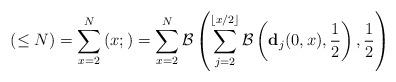
LaTeX: \begin{align*}\left(\le N\right)= \sum_{x=2}^{N}\left(x; \right)=\sum_{x=2}^{N}\mathcal{B}\left(\sum_{j=2}^{\left \lfloor x/2 \right \rfloor} \mathcal{B}\left(\mathbf{d}_j(0,x), \frac{1}{2}\right), \frac{1}{2}\right) \end{align*}